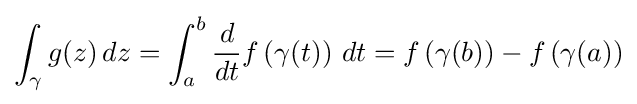
\int _{\gamma }g(z)\,dz=\int _{a}^{b}{\frac {d}{dt}}f\left(\gamma (t)\right)\,dt=f\left(\gamma (b)\right)-f\left(\gamma (a)\right)